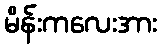
မိန်းကလေးအား